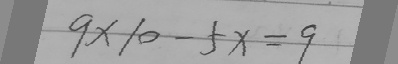
9 \times 1 0 - 5 x = 9